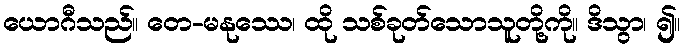
ယောဂီသည်။ တေ-မနုဿေ၊ ထို သစ်ခုတ်သောသူတို့ကို။ ဒိသွာ၊ ၍။